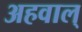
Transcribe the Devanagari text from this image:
अहवाल्